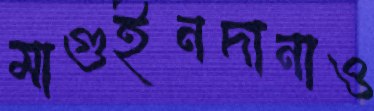
মাগুইনদানাও